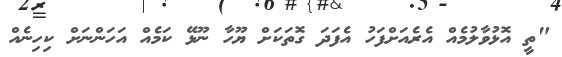
"ތީ އޮޅުވާލުމެއް އެރެއަށްފަހު އެފަދަ ގޮތަކަށް ޔޫހާ ނޫޅޭ ކަމެއް އަހަންނަށް ކިހިނެއް